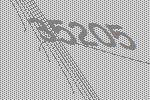
35205